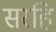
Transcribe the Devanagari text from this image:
सरहि